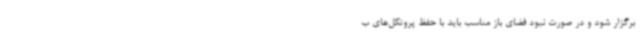
برگزار شود و در صورت نبود فضای باز مناسب باید با حفظ پروتکل‌های ب